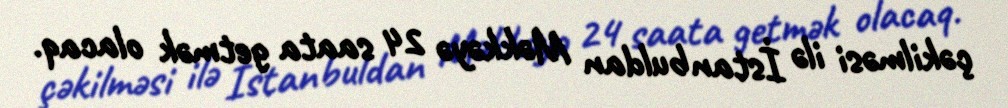
çəkilməsi ilə İstanbuldan Məkkəyə 24 saata getmək olacaq.